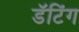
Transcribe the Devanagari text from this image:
डॅटिंग